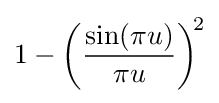
1-\left({\frac {\sin(\pi u)}{\pi u}}\right)^{\!2}